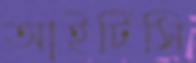
আইটিসি